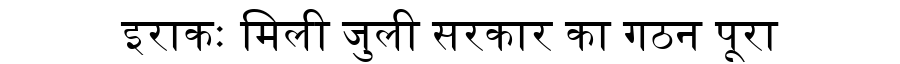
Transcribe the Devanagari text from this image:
इराकः मिली जुली सरकार का गठन पूरा